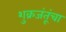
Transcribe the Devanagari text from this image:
शुक्रजंतूंचा